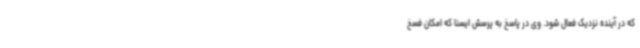
که در آینده نزدیک فعال شود. وی در پاسخ به پرسش ایسنا که امکان فسخ